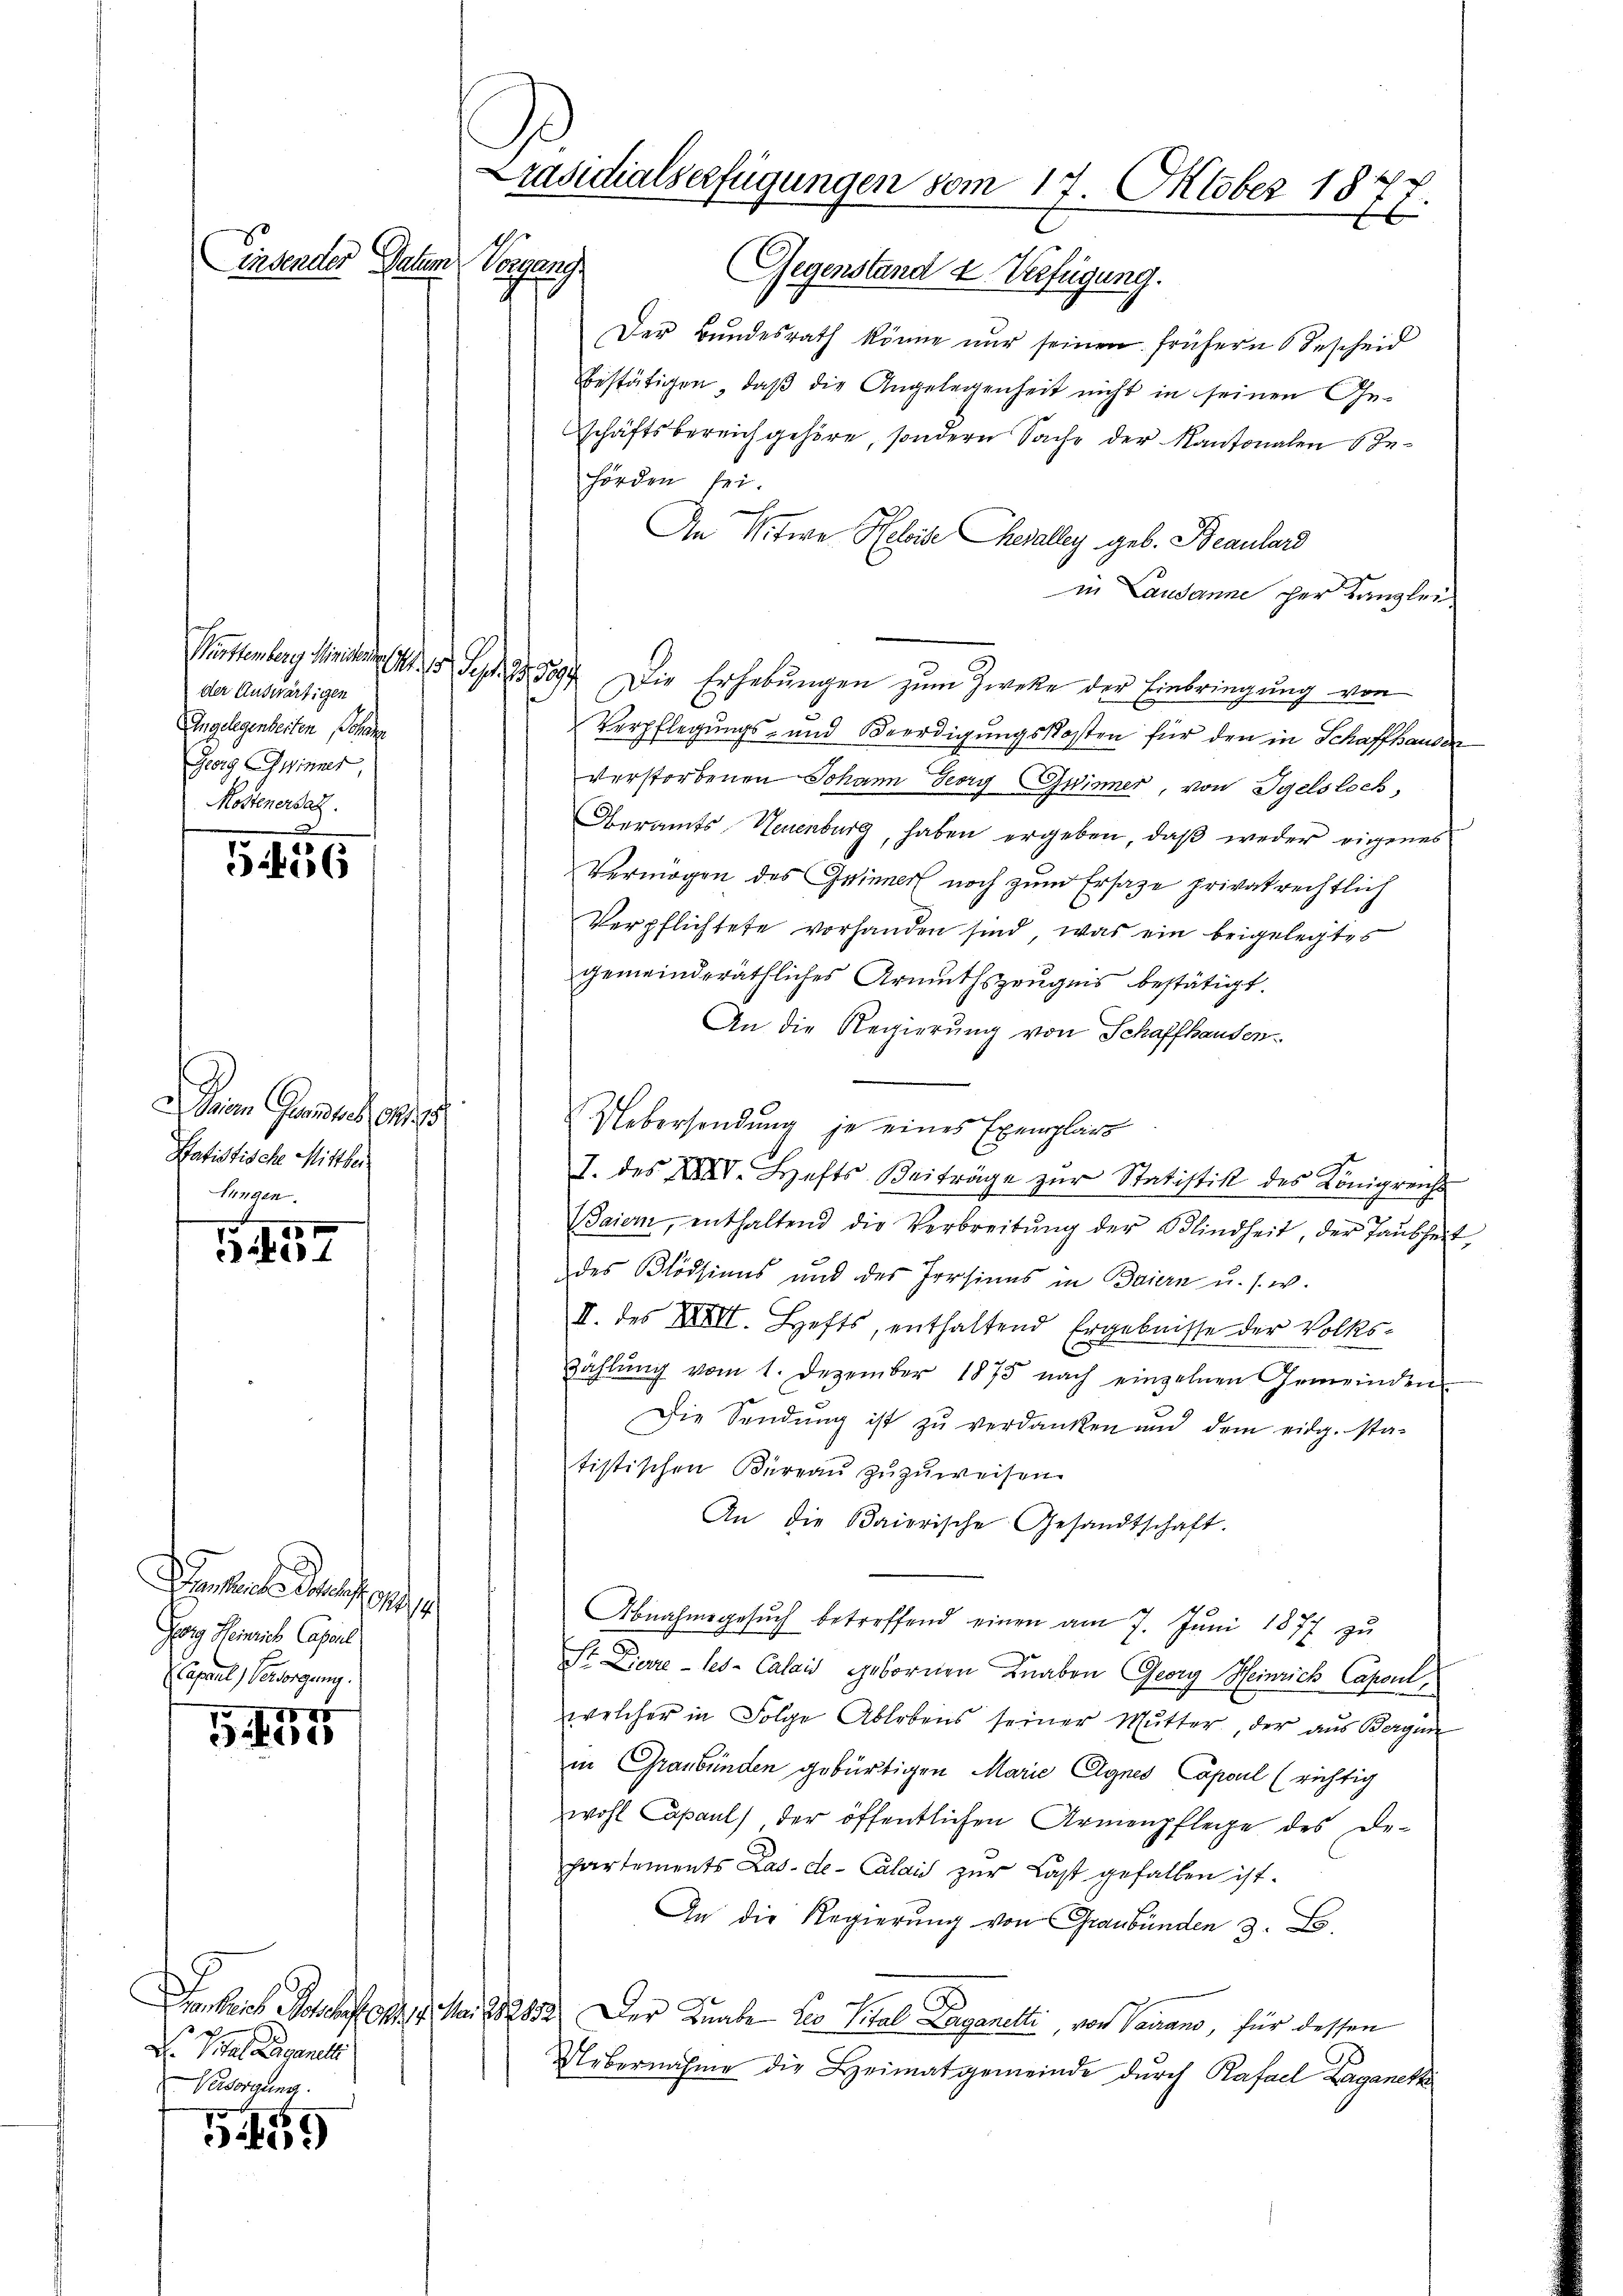
insender Datum Vorgang

.
556

Seine Gener an
Satistische Mitthe
fungen.

101
iber

45
Feber

59

der Auswärtigen
Angelegenheiten Johann
Georg Zwinner,
Mostenersat

eater auf
Georg Heinrich Capsul
Casane Versorgung.

aer Profes
D Sie angeneh
Versorgung.

Präsidialserfügungen vom 17. Oktober 184
E.
E
Gegenstand & Verfügung.

Der Bundesrath könne nur seinen frühern Bescheid
bestätigen, daβ die Angelegenheit nicht in seinen Ge-
schäftsbereich gehöre, sondern Sache der Kantonalen Gehörden sei.
An Witwe Helis Chevalley geb. Beaulard
in Lausanne her Kanzlei
Müsstenberg Ministen Sept. Die Erhebungen zum Zweke der Einbringung von
Verpflegungs- und Beerdigungskosten für den in Schaffhausen
verstorbenen Johann Georg Grinner, von Igelsloch,
Oberamts Neuenburg, haben ergeben, daß weder eigenes
Vermögen des Grinner noch zum Ersatze privatrechtlich
Verpflichtete vorhanden sind, was ein beigelegtes
gemeinderäthliches Armuthszeugnis bestätigt.
An die Regierung von Schaffhausen.
Uebersendung je eines Exemplar
I. des XXXI. Hefts Beiträge zŭr Statistik des Königreichs
Baier, enthaltend die Verbreitŭng der Blindheit, der Taubheit
des Blödsinns und des Persinns in Baiern u. s. w.
II. des XXIII. Hefts, enthaltend Ergebnisse der Volks-
Zählŭng vom 1. Dezember 1873 nach einzelnen Gemeinden
Die Sendung ist zu verdanken und dem eidg. sta-
tistischen Büreaŭ zŭzŭweisen.
An die Baierische Gesandtschaft.
Abnahmsgesŭch betreffend einen am 7. Jŭni 1877 zŭ
St Zierre-les- Calais gebornen Knaben Georg Heinrich Capsul
welcher in Folge Ablebens seiner Mutter, der aus Bergen
in Graubünden gebürtigen Marie Agnes Copol (richtig
wohl apaul) der öffentlichen Armenpflege des De-
partements Las-de- Calais zur Last gefallen ist.
An die Regierung von Graubünden 3. B.
17. Mai 182852. Der Knabe der Vital Paganelli, von Verand, für dessen
Uebernahme die Heimatgemeinde durch Rafael Zaganetz